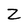
Character: Z